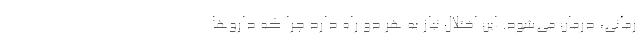
رمانی، درمان می‌شود. این اختلال نیاز به هر دو راه دارد چرا که دارو‌ها